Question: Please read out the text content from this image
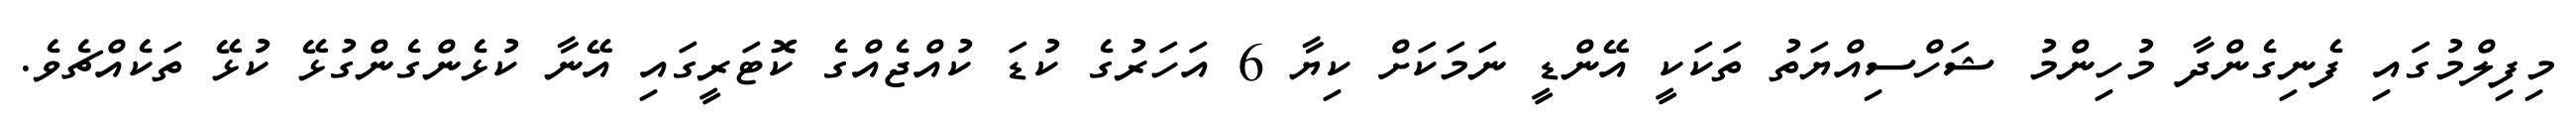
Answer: މިފިލްމުގައި ފެނިގެންދާ މުހިންމު ޝަހްސިއްޔަތު ތަކަކީ އޭންޑީ ނަމަކަށް ކިޔާ 6 އަހަރުގެ ކުޑަ ކުއްޖެއްގެ ކޮޓަރީގައި އޭނާ ކުޅެންގެންގުޅޭ ކުޅޭ ތަކެއްޗެވެ.